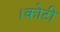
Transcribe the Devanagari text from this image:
।कोटी